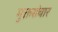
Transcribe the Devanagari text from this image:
मुक्तसंचार